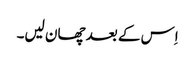
اِس کے بعد چھان لیں۔